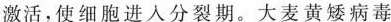
激活，使细胞进入分裂期。大麦黄矮病毒